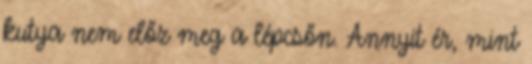
kutya nem előz meg a lépcsőn. Annyit ér, mint